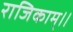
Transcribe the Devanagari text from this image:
राजिकाम्।।